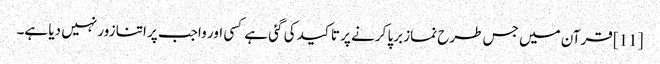
[11] قرآن میں جس طرح نماز برپا کرنے پر تاکید کی گئی ہے کسی اور واجب پر اتنا زور نہیں دیا ہے۔